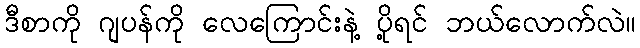
ဒီစာကို ဂျပန်ကို လေကြောင်းနဲ့ ပို့ရင် ဘယ်လောက်လဲ။